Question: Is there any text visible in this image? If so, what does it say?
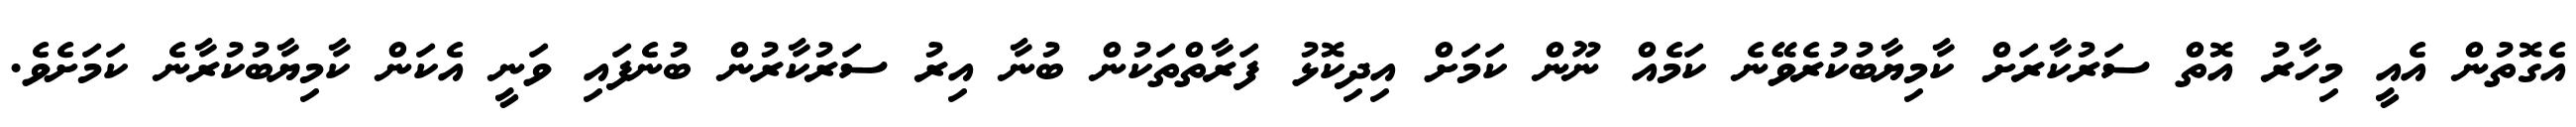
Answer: އެގޮތުން އެއީ މިހާރު އޮތް ސަރުކާރަށް ކާމިޔާބުކުރެވޭނެ ކަމެއް ނޫން ކަމަށް އިދިކޮޅު ފަރާތްތަކުން ބުނާ އިރު ސަރުކާރުން ބުނެފައި ވަނީ އެކަން ކާމިޔާބުކުރާނެ ކަމަށެވެ.